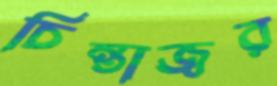
চিন্তাজ্বর